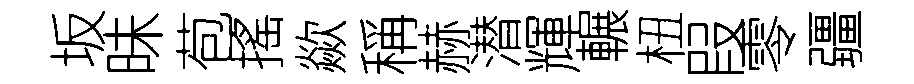
坂昧苞搖歘稱赫潜輝輾杻叚零疆